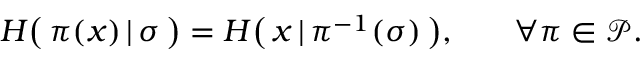
\begin{array} { r l r } { H \big ( \, \pi ( x ) \, | \, \sigma \, \big ) = H \big ( \, x \, | \, \pi ^ { - 1 } ( \sigma ) \, \big ) , } & { { } } & { \forall \pi \in \mathcal { P } . } \end{array}